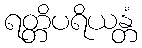
ရတ္တိပရိယန္တံ